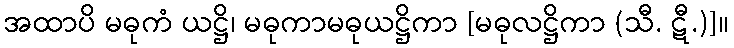
အထာပိ မဓုကံ ယဋ္ဌိ၊ မဓုကာမဓုယဋ္ဌိကာ [မဓုလဋ္ဌိကာ (သီ. ဋီ.)]။